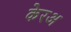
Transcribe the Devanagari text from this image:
केरअ